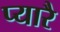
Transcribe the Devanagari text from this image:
प्यारै